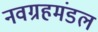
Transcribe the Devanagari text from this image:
नवग्रहमंडल